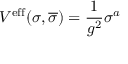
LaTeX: V ^ { \mathrm { e f f } } ( \sigma , \overline { { { \sigma } } } ) = \frac { 1 } { g ^ { 2 } } \sigma ^ { a }